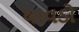
ધાવડો